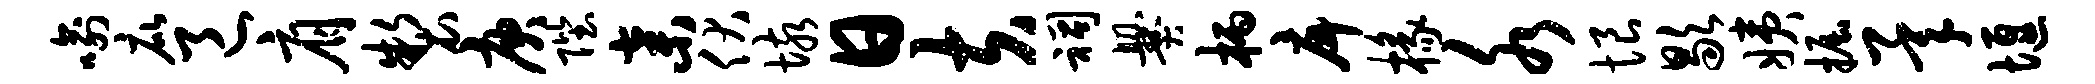
喻庇邑肩制庚陛弃伏垓日夫祠爨柄戽椽水恨歇姨掘承堰